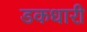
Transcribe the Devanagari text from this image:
डकधारी